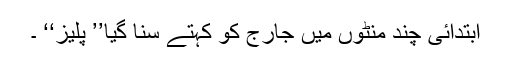
ابتدائی چند منٹوں میں جارج کو کہتے سنا گیا’’ پلیز‘‘ ۔